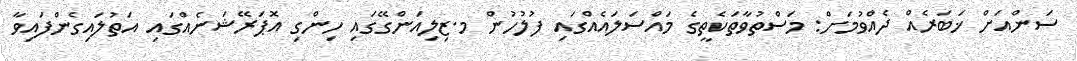
ސަންއަށް ޚަބަރެއް ދެއްވުމަށް: މަސްތުވާތަކެތީގެ މައްސަލައެއްގައި ފުލުހުން މ.ޒިލިއަންގޭގައި ހިންގި އޮޕަރޭޝަނެއްގައި އަތުލައިގެންފައިވާ